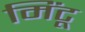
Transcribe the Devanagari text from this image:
मिंटू